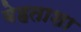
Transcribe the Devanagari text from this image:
बेहताशा